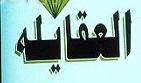
العقايله